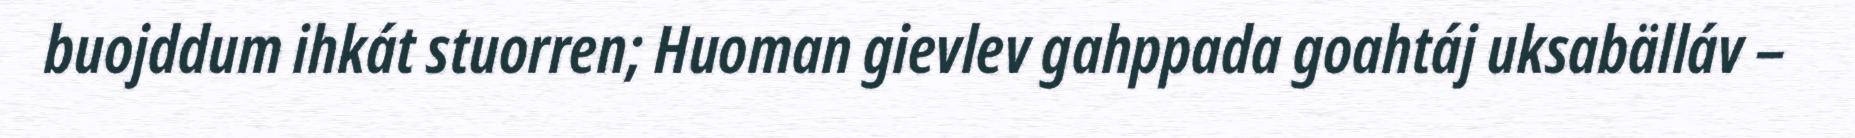
buojddum ihkát stuorren; Huoman gievlev gahppada goahtáj uksabälláv –